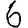
Digit: 6